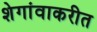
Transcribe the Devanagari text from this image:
शेगांवाकरीत